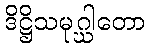
ဒိဋ္ဌိသမုဂ္ဃါတော